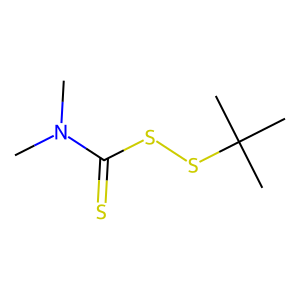
SMILES: CN(C)C(=S)SSC(C)(C)C
Inhibits HIV replication: No